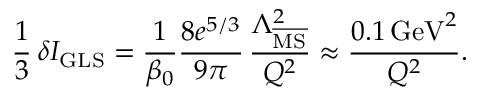
\frac { 1 } { 3 } \, \delta I _ { \mathrm { G L S } } = \frac { 1 } { \beta _ { 0 } } \frac { 8 e ^ { 5 / 3 } } { 9 \pi } \, \frac { \Lambda _ { \overline { { \mathrm { M S } } } } ^ { 2 } } { Q ^ { 2 } } \approx \frac { 0 . 1 \, \mathrm { G e V } ^ { 2 } } { Q ^ { 2 } } .